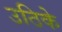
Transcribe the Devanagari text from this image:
उठिके